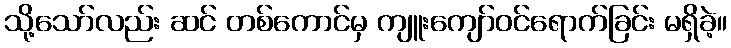
သို့သော်လည်း ဆင် တစ်ကောင်မှ ကျူးကျော်ဝင်ရောက်ခြင်း မရှိခဲ့။